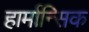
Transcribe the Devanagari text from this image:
हार्मान्सिक